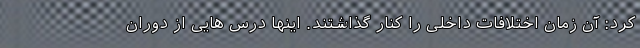
کرد: آن زمان اختلافات داخلی را کنار گذاشتند. اینها درس هایی از دوران